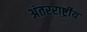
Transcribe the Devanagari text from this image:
अंतररार्ष्ट्रीय